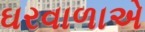
ઘરવાળાએ